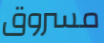
مسروق